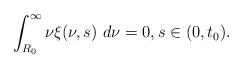
LaTeX: \begin{align*}\int_{R_{0}}^{\infty}\nu\xi(\nu,s)\ d\nu=0,s\in(0,t_{0}).\end{align*}